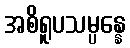
အစိရူပသမ္ပန္နေ